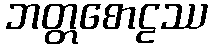
ဘတ္တစောဠဿ